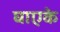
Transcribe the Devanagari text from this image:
घाएके